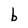
Character: b